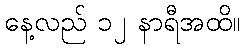
နေ့လည် ၁၂ နာရီအထိ။